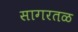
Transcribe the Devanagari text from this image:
सागरतळ